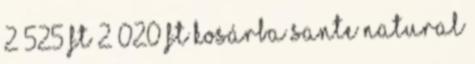
2 525 Ft 2 020 Ft Kosárba Sante Natural